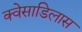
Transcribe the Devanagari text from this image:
क्वेसाडिलास